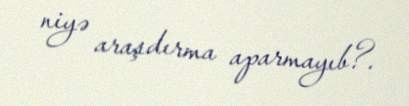
niyə araşdırma aparmayıb?.